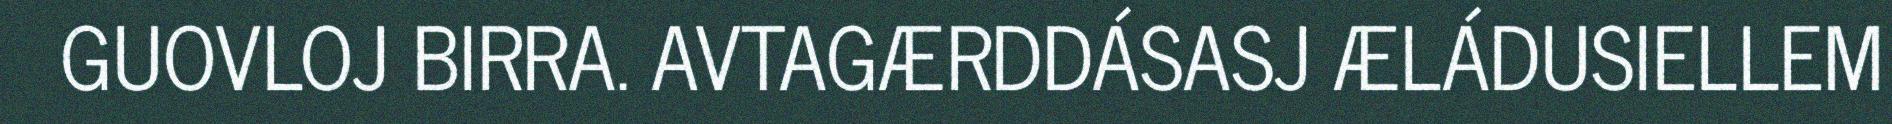
GUOVLOJ BIRRA. AVTAGÆRDDÁSASJ ÆLÁDUSIELLEM